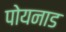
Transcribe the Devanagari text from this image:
पोयनाड